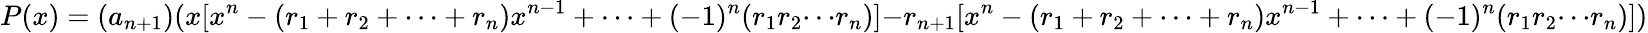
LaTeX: P(x)={(a_{n+1})}{({x}{[{x^{n}}-{({r_{1}}+{r_{2}}+{\cdots}+{r_{n}}){x^{n-1}}}+{\cdots}+{{(-1)^{n}}{({r_{1}}{r_{2}}{\cdots}{r_{n}})}}]}{-r_{n+1}}{[{x^{n}}-{({r_{1}}+{r_{2}}+{\cdots}+{r_{n}}){x^{n-1}}}+{\cdots}+{{(-1)^{n}}{({r_{1}}{r_{2}}{\cdots}{r_{n}})}}]})}